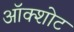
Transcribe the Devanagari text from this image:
ऑक्शोट